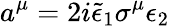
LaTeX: a^{\mu}=2i\tilde{\epsilon}_{1}\sigma^{\mu}\epsilon_{2}